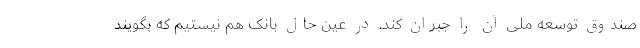
صندوق توسعه ملی آن را جبران کند. در عین حال بانک هم نیستیم که بگویند